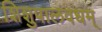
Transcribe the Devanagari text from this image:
शिशुपालवधम्